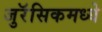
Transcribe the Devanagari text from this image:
जुरॅसिकमध्ये